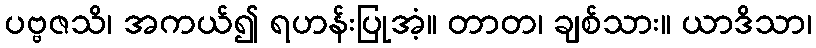
ပဗ္ဗဇသိ၊ အကယ်၍ ရဟန်းပြုအံ့။ တာတ၊ ချစ်သား။ ယာဒိသာ၊